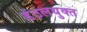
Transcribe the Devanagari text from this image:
डंठलयुक्त